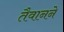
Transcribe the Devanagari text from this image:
तैवानने